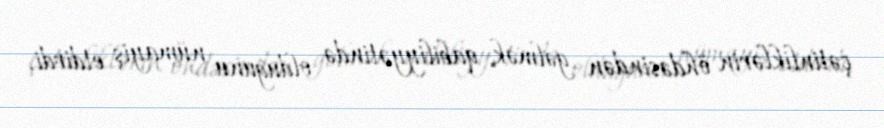
çətinliklərin öhdəsindən gəlmək qabiliyyətində olduğunu nümayiş etdirdi.